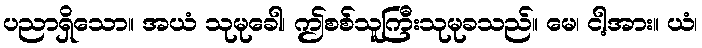
ပညာရှိသော။ အယံ သုမုခေါ၊ ဤစစ်သူကြီးသုမုခသည်။ မေ၊ ငါ့အား။ ယံ၊